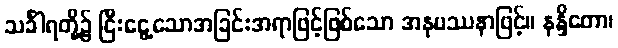
သင်္ခါရတို့၌ ငြီးငွေ့သောအခြင်းအရာဖြင့်ဖြစ်သော အနုပဿနာဖြင့်။ နန္ဒိတော၊